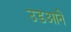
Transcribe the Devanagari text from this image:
उडआनें